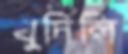
খুদিলি